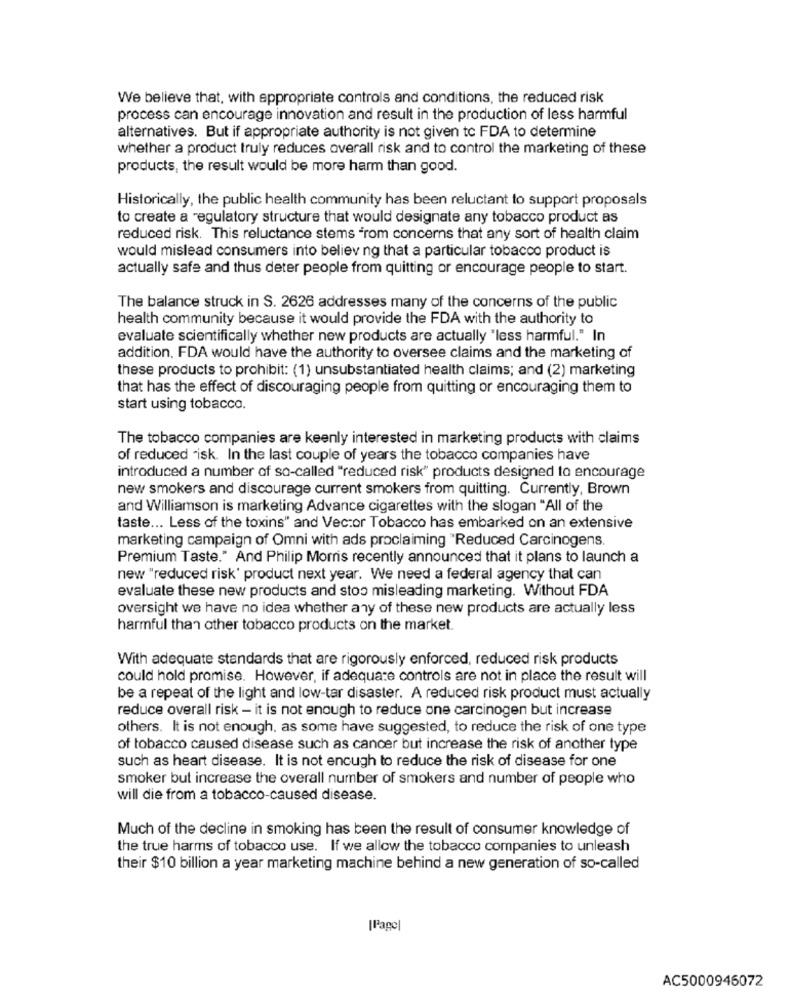
We believe that, with appropriate controls and conditions, the reduced risk
process can encourage innovation and result in the production of less harmful
alternatives. But if appropriate authority is not given to FDA to determine
whether a product truly reduces overall risk and to control the marketing of these
products, the result would be more harm than good.
Historically, the public health community has been reluctant to support proposals
to create a regulatory structure that would designate any tobacco product as
reduced risk. This reluctance stems "rom concerns that any sort of health claim
would mislead consumers into believing that a particular tobacco product is
actually safe and thus deter people from quitting or encourage people to start.
The balance struck in S. 2626 addresses many of the concerns of the public
health community because it would provide the FDA with the authority to
evaluate scientifically whether new products are actually "less harmful." In
addition, FDA would have the authority to oversee claims and the marketing of
these products to prohibit: (1) unsubstantiated health claims; and (2) marketing
that has the effect of discouraging people from quitting or encouraging them to
start using tobacco.
The tobacco companies are keenly interested in marketing products with claims
of reduced "isk. In the last couple of years the tobacco companies have
introduced a number of so-called "reduced risk" products designed to encourage
new smokers and discourage current smokers from quitting. Currently, Brown
and Williamson is marketing Advance cigarettes with the slogan "All of the
taste ... Less of the toxins" and Vector Tobacco has embarked on an extensive
marketing campaign of Omni with ads proclaiming "Reduced Carcinogens
Premium Taste." And Philip Morris recently announced that it plans to launch a
new "reduced risk' product next year. We need a federal agency that can
evaluate these new products and stoo misleading marketing. Without FDA
oversight we have no idea whether any of these new products are actually less
harmful than other tobacco products on the market.
With adequate standards that are rigorously enforced, reduced risk products
could hold promise. However, if adequate controls are not in place the result will
be a repeat of the light and low-tar disaster. A reduced risk product must actually
reduce overall risk - it is not enough to reduce one carcinogen but increase
others. It is not enough, as some have suggested, to reduce the risk of one type
of tobacco caused disease such as cancer but increase the risk of another type
such as heart disease. It is not enough to reduce the risk of disease for one
smoker but increase the overall number of smokers and number of people who
will die from a tobacco-caused disease.
Much of the decline in smoking has been the result of consumer knowledge of
the true harms of tobacco use. If we allow the tobacco companies to unleash
their $10 billion a year marketing machine behind a new generation of so-called
|Page
AC5000946072